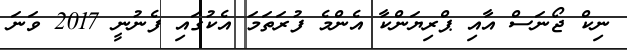
ނިކް ޖޯނަސް އާއި ޕްރިޔަންކާ އެންމެ ފުރަތަމަ އެކުގައި ފެނުނީ 2017 ވަނަ